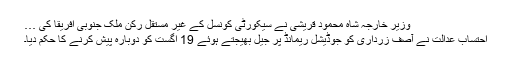
وزیر خارجہ شاہ محمود قریشی نے سیکورٹی کونسل کے غیر مستقل رکن ملک جنوبی افریقا کی …
احتساب عدالت نے آصف زرداری کو جوڈیشل ریمانڈ پر جیل بھیجتے ہوئے 19 اگست کو دوبارہ پیش کرنے کا حکم دیا۔